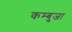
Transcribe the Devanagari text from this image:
कम्बुजा